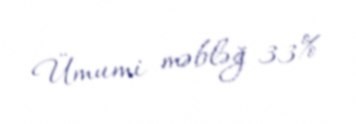
Ümumi məbləğ 33%